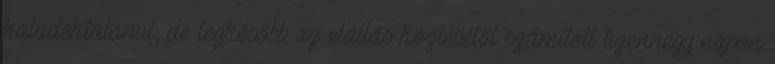
haladéktalanul, de legkésőbb az elállás közlésétől számított tizennégy napon